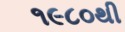
૧૯૮૦થી